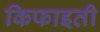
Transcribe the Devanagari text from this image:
किफाइती